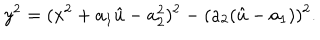
y ^ { 2 } = ( x ^ { 2 } + a _ { 1 } \hat { u } - a _ { 2 } ^ { 2 } ) ^ { 2 } - ( a _ { 2 } ( \hat { u } - a _ { 1 } ) ) ^ { 2 } .